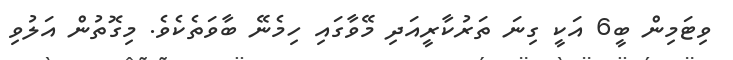
ވިޓަމިން ބީ6 އަކީ ގިނަ ތަރުކާރީއަދި މޭވާގައި ހިމެނޭ ބާވަތެކެވެ. މިގޮތުން އަލުވި